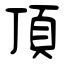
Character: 頂